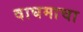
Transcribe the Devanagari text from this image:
वाघमाचा